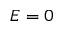
E = 0